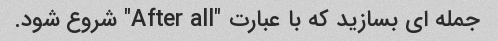
جمله ای بسازید که با عبارت "After all" شروع شود.